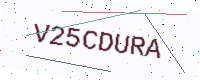
Text: V25CDURA